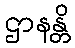
ဌာနန္တိ